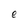
Character: e